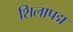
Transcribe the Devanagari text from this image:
शिलापद्म